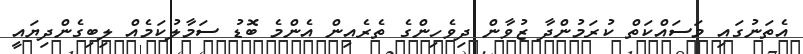
އެތަނުގައި މަސައްކަތް ކުރަމުންދާ ޒުވާން ދިވެހިންގެ ތެރެއިން އެންމެ ބޮޑު ސަމާލުކަމެއް ލިބިގެންދިޔައީ